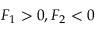
F _ { 1 } > 0 , F _ { 2 } < 0